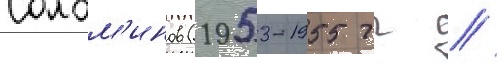
Солом'инов (1953-1955 гг //